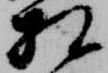
相